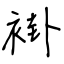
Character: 褂